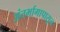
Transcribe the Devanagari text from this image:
अंतर्भागापासून